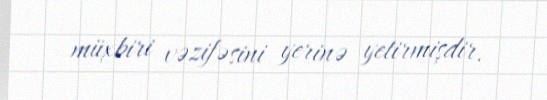
müxbiri vəzifəsini yerinə yetirmişdir.